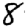
Digit: 8